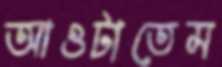
আওটাতেম